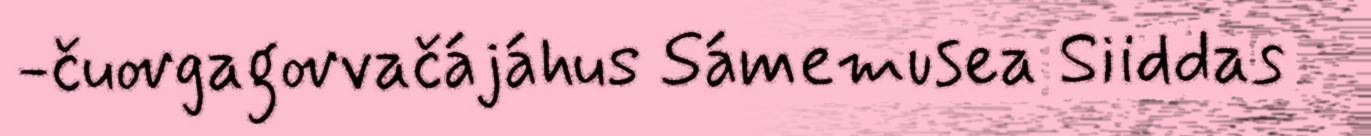
-čuovgagovvačájáhus Sámemusea Siiddas